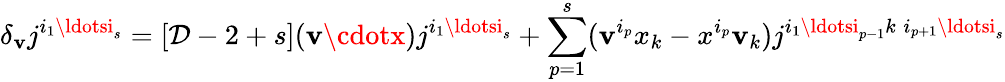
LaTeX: \delta_{\mathbf{v}}j^{i_{1}\ldotsi_{s}}=[\mathcal{D}-2+s](\mathbf{v}\cdotx)j^{i_{1}\ldotsi_{s}}+\sum_{p=1}^{s}(\mathbf{v}^{i_{p}}x_{k}-x^{i_{p}}\mathbf{v}_{k})j^{i_{1}\ldotsi_{p-1}k\; i_{p+1}\ldotsi_{s}}